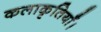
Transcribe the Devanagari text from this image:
कलाकृतियाँ।